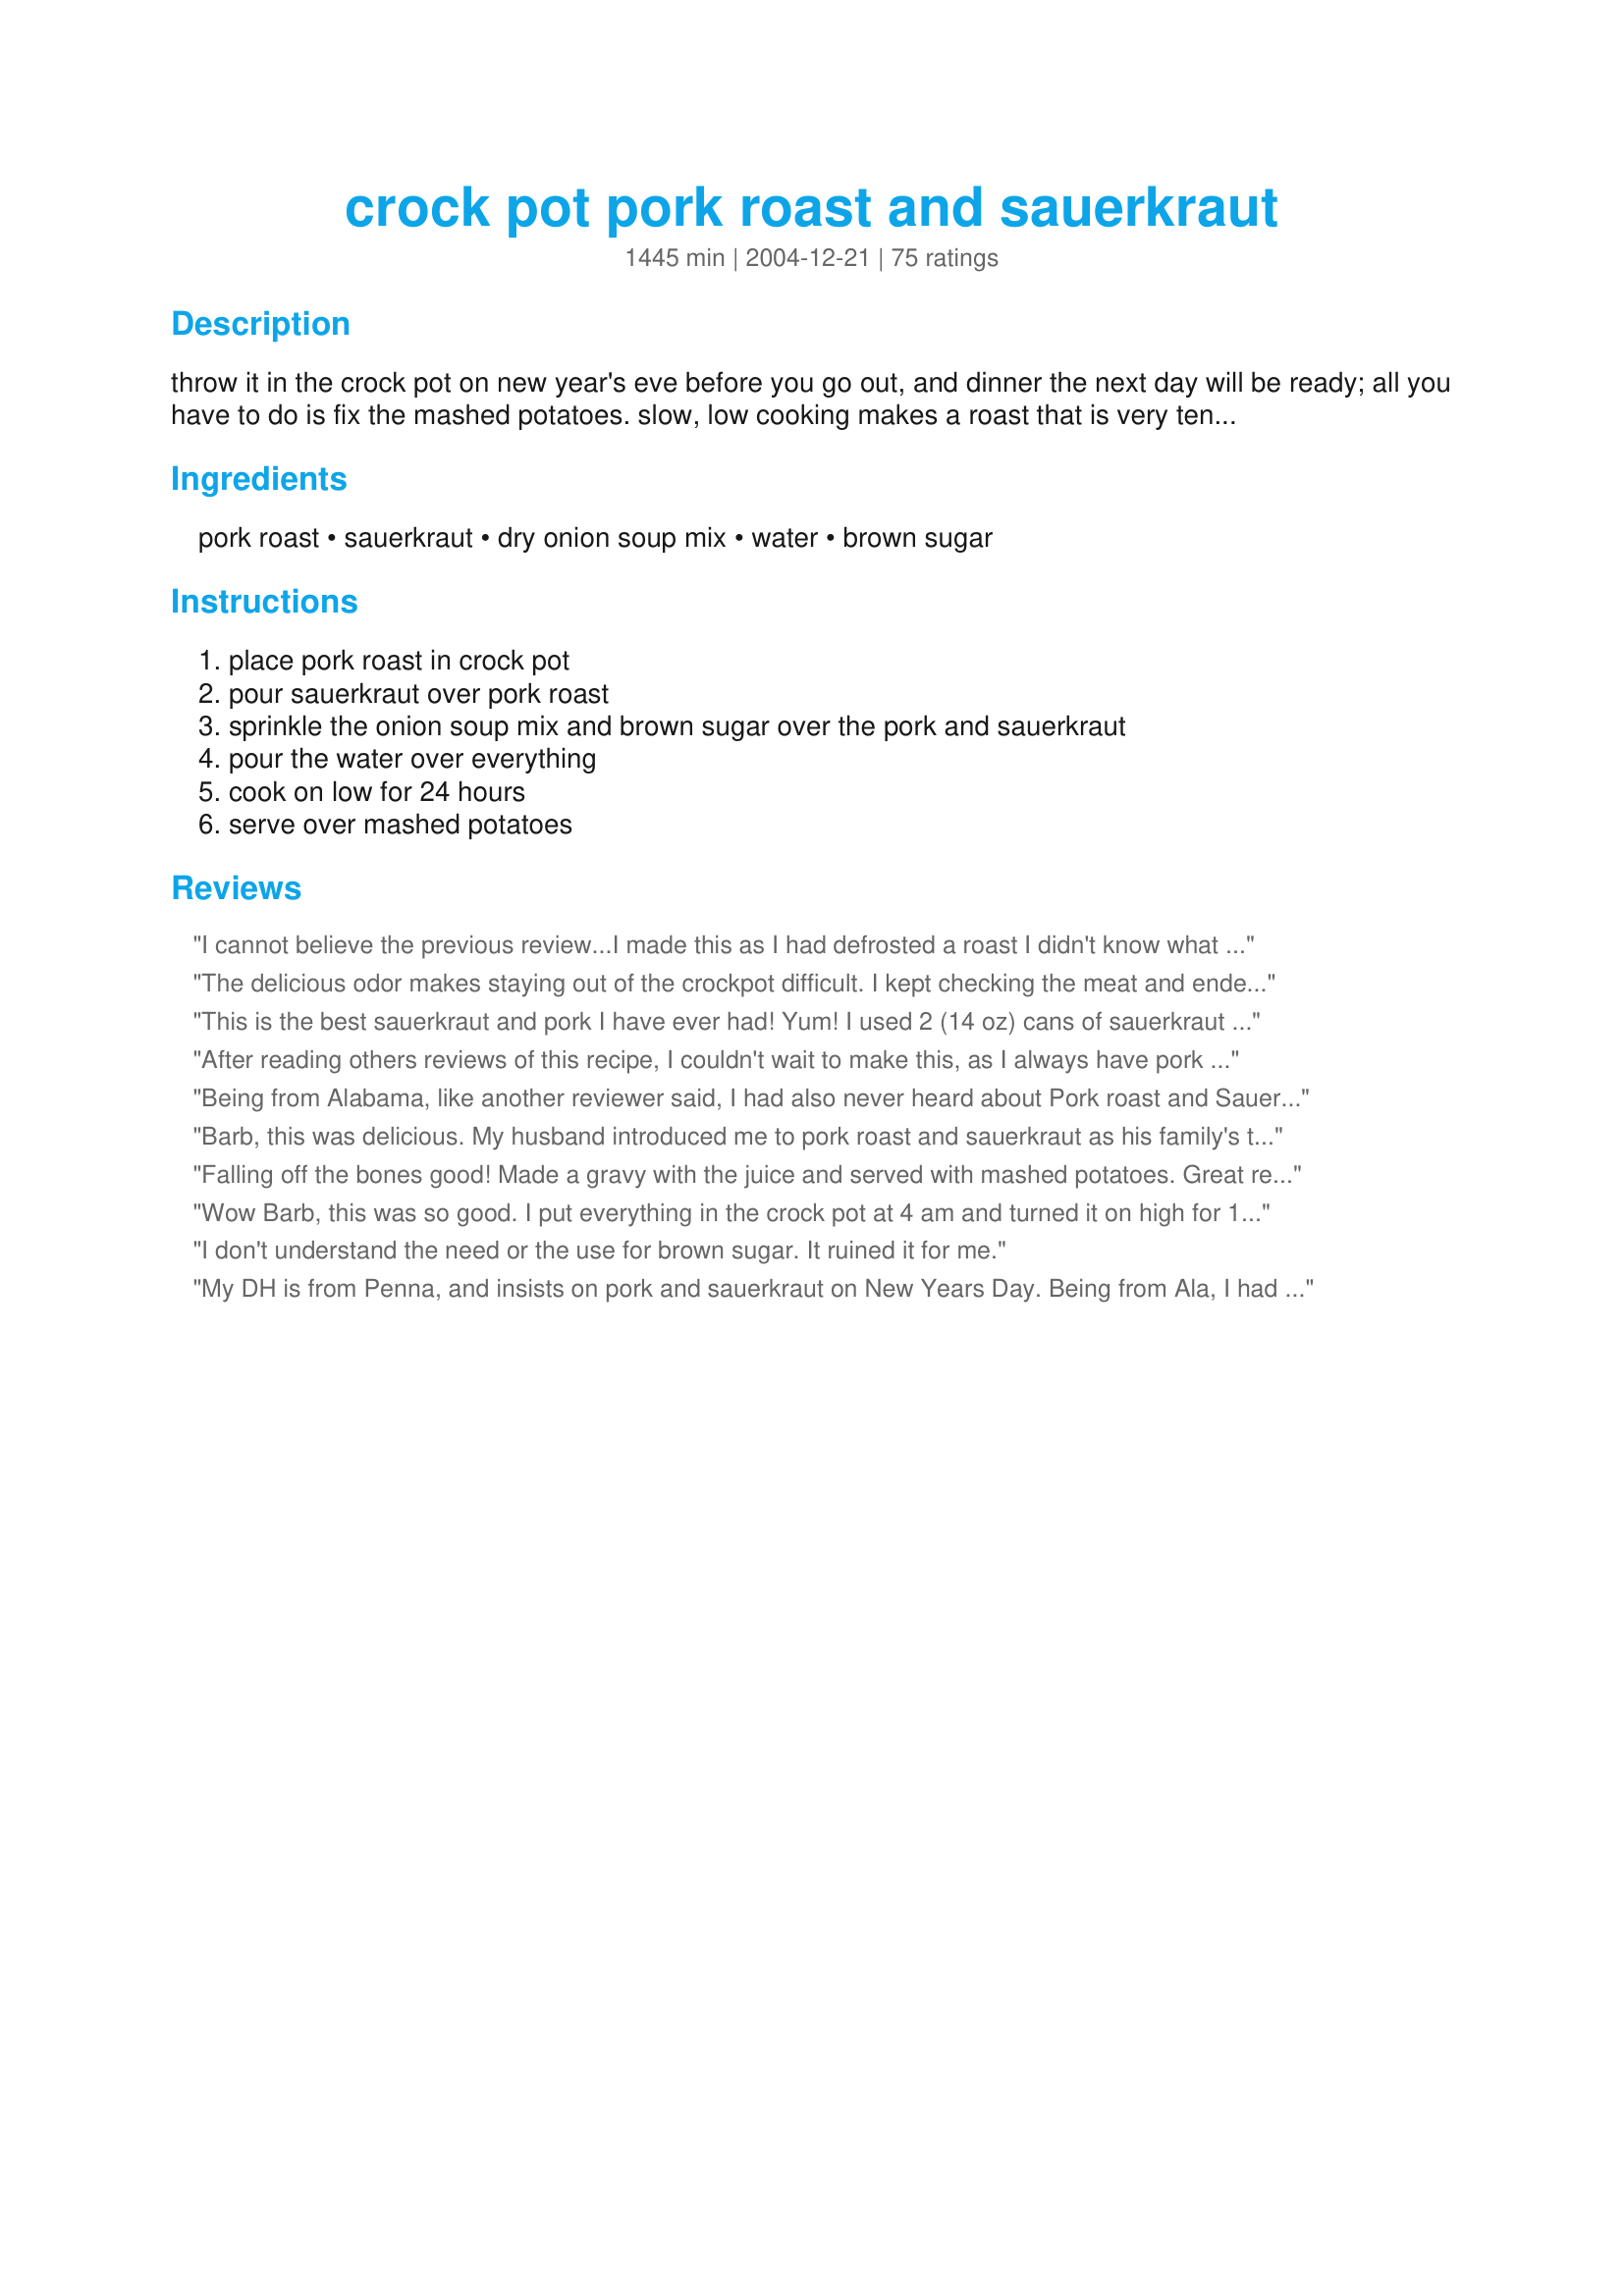
crock pot pork roast and sauerkraut
Preparation time: 1445 minutes

throw it in the crock pot on new year's eve before you go out, and dinner the next day will be ready; all you have to do is fix the mashed potatoes. slow, low cooking makes a roast that is very tender. delicious!! i used to manage a doctor's office, and our blue cross rep told me that her family made this every year for new year's.

Ingredients:
pork roast, sauerkraut, dry onion soup mix, water, brown sugar

Steps:
place pork roast in crock pot, pour sauerkraut over pork roast, sprinkle the onion soup mix and brown sugar over the pork and sauerkraut, pour the water over everything, cook on low for 24 hours, serve over mashed potatoes

Reviews:
I cannot believe the previous review...I made this as I had defrosted a roast I didn't know what to do with but did not want to waste and oh boy was this a good recipe...my husband and son loved it also...the meat was tender and the sauerkraut was perfect...the only change I made was the amount of sugar as we don't like really sweet food...I also cooked it on high about 10 hours...I tested the meat and it was tender so it was DONE...thank you for a great, easy recipe!!!!
The delicious odor makes staying out of the crockpot difficult. I kept checking the meat and ended up pretty full before dinner! I started this in the morning and cooked it all day (about 8 hours). The pork is tender, juicy, and flavorful after 8 hours, but I decided to let it go awhile longer. We just finished dinner, but the crockpot will continue for about 4 more hours. Then, I will see if it makes a difference in the taste. At dinner, I don't think it could have tasted better. I served it with seasoned green beans, scalloped potatoes, and yeast rolls. This meal is a keeper and I will probably repeat it next year.
This is the best sauerkraut and pork I have ever had! Yum! I used 2 (14 oz) cans of sauerkraut with caraway seeds. I did NOT rinse and drain my sauerkraut. I added about 1/2 c. of apple juice, and 1/2 of an onion. I cooked it on low for abou 8 hours.
After reading others reviews of this recipe, I couldn't wait to make this, as I always have pork in my freezer, and sauerkraut in the fridge. For this recipe, I used 2-(12 oz.) pork tenderloins, and cooked them frozen, (yes I said frozen) and on high in my 6-quart size crock-pot, and they were done cooking within 3 hrs. While preparing this recipe, I also added the juice from one (32 oz.) bag of sauerkraut, as I can't see why others would drain off and rinse the kraut before adding it to any dish. It's the juice from the kraut which gives dishes more added flavor. This recipe calls for 2 cups of water, but I just added 1 cup, since I also added the juice from the bagged kraut. While I loved the way the sauerkraut tasted, my husband did not. My husband and I were surprised that the pork tasted bland, even tho the dry onion soup mix and juice from the kraut were added. I know this recipe says it's the slow, low cooking that makes a roast taste very tender and delicious, but I am a skeptic to cooking it for 24 hrs., especially in a crock-pot. For years I have always cooked pork roasts frozen, (yes I said frozen) in my crock-pot and on high for 6 hrs., and they've always turned out well. Perhaps if I were to cook them on low for 24 hrs., the pork would have been more flavorable, but like I said, I am a skeptic to cooking them in a crock-pot for 24 hrs. I'm sorry I can only give this recipe 2 stars. If the meat had more flavor, I would of given this recipe 4 stars. I do plan on making this again, and will cook this for the 24 hours on low as suggested. If it turns out better than it did this time, I will edit my review of this recipe.
Being from Alabama, like another reviewer said, I had also never heard about Pork roast and Sauerkraut. I made this last night and my husband has raved about it ever since. He took some to work with him today and said he couldn't wait for lunch. I will definately make this again, it is so easy and good! The mashed potatoes go great with it!
Barb, this was delicious. My husband introduced me to pork roast and sauerkraut as his family's tradition for New Year's Day a number of years ago, and each year I look for a new way to prepare it. This year, I took your recipe as a starting off place. Whereas I wanted the onion soup flavor, I had the time and inclination to make the dish from scratch rather than using a mix. I caramelized some onions and garlic in butter and olive oil and added that plus 2 c of beef broth and 1/4 white wine as the roasting liquid. I omitted the sugar and added some sprigs of thyme for a savory version. It turned out so well-- beautiful honey color and fabulous texture. This was so very good over mashed potatoes, and the meat was absolutely fall-apart tender. Terrific dish-- thanks! --Heather (P.S. Although he surely enjoyed this, my husband did miss the "sauer" part of the kraut, which gets a bit lost using this method).
Falling off the bones good! Made a gravy with the juice and served with mashed potatoes. Great recipe!
Wow Barb, this was so good. I put everything in the crock pot at 4 am and turned it on high for 1 hour while I got ready for work, then turned it to low when I left the house. At 3 pm when I got home, the pork was fall apart done and so juicy. The flavor is so amazing. This is going into the Keeper Book for sure!
I don't understand the need or the use for brown sugar. It ruined it for me.
My DH is from Penna, and insists on pork and sauerkraut on New Years Day. Being from Ala, I had never even heard of it! I've tried for several years to find an acceptable recipe. I knew that he likes brown sugar in his, but the onion soup mix is the ingredient that made me try this recipe. It is absolutely perfect! My husband's exact words were "not sour, not too sweet, just right." Even better, my husband's step-dad told me he wished my mother-in-law could cook like me! THANK YOU THANK YOU!
My only change to the recipe was replacing 1/2 cup of the water with apple juice for just a hint of the flavor. I served with mashed potatoes (which I didn't realize were a must for a couple of years), NurseDi's Skillet Hopping John (26979) and my own Creamy Collard Casserole (150052) for a "Mason-Dixon" New Years. My search for the perfect Pork and Kraut recipe is over. This one is it.
Made this exactly as directed and it was fabulous! This may be the best recipe I have ever tried on this website. Try it!
This was fantastic! I also cut the brown sugar to about 1/4 cup just because we don't care for real sweet sauerkraut, but everything else was the same...
This was perfect! So easy and fool proof. I ended up buying a 6 lb. pork shoulder and couldn't fit everything in the crock pot so I saved half the sauerkraut to add later when it cooked down(my crock pot was jammed full, but the lid was still able to rest perfectly) also I added cider instead of water and used the kraut juice. When I checked it in the morning it was already done, only 11 hours. Added the rest of the sauerkraut and another packet of soup and brown sugar(since I had so much more meat) and it was to die for, my husband and I couldn't keep from nibbling on it all day before my family came over for dinner. It's such a simple dish but impressive on flavor.
I omitted the brown sugar and added caraway seeds and this turned out really good. I would have liked to have more of the "sauer" part of the kraut; I think it got lost in the long cook time. I also seared our roast before putting in the crockpot and cooked it on high for 24 hours. Thank you for the easy recipe!
Made this but the 24 hours was too much. Cut it before that and it had cooked too long - was way overdone and dry. Was this supposed to be 2 to 4 hours I wonder? Otherwise the recipe is great. The time needs to be adjusted.
This was outstanding! I used a boneless pork sirloin and it fell apart after about 8 hours. The only thing I did different was cut back on the brown sugar. Super!
We really liked this and have used it twice with boneless pork loin roast.
I browned the roast (salt
Umm... not a hit in our house. As my husband put it, &quot;It&#039;s awfully brown&quot;. Something about the flavors did not blend well for us I suppose. I cooked it for about 12 hrs. 24 hours would have been a bit insane. I gave it 2 stars because the ease of the dish merits it. I LOVE anything that I can throw together and wash with minimal effort.
I Love this!!! I did make a couple of changes: No sugar added and instead of packaged onion soup, I use beef broth and dehydrated onion.&lt;br/&gt;This is an awesome dinner to come home to after work!!!!&lt;br/&gt;Thank you!
Very good and easy - I have made this twice and it will be my New Years Day stand by!! Loved it.
This is delicious!!! I have made this so many times and hadn't gotten around to reviewing it till now.. Thank you so much for sharing this recipe. We make it with Oktoberfest sausages instead of the roast, and it's great!I will try it with the roast soon I promise hehe.. We make it at least twice a month since I found your recipe and there's never any leftovers : ) Thanks again!!
I chose this as my New Year's Day dinner. I used a 2 1/2 lb. Boston Butt portion and based on other reviews, I used 1 cup of apple juice and 1 cup of the kraut juice in place of the water. I also shredded a small apple into the pot. I cooked it on high for 5 hours and it turned out perfect. I served it over a bed of mashed potatoes which made it all the better! The pork fell apart and the kraut was the perfect combo of sweet and tart. The leftovers were just as good too.
This was very good. I put all ingredients in crock pot and put it on high for about 4-5 hours, then turned down to low for another 3-4 hours. Everyone loved it even the kids! Thanks for making our News Year Day dinner a winner!
This was delicious! 5 stars for sure. I had a 4 lb. pork shoulder roast and I mixed everything together over night and cooked it 8 hours the next day. It was a big hit, thank you for such a great recipe.
I've never done any sauerkraut before. This recipe was not only easy but very flavourful without the sauerkraut overpowering the dish. My 15 and 12 year olds ate just the pork while DH and I ate the kraut as well. Thumbs up all around
Sorry but I did not like this recipe at all. The pork was tender. The brown sugar (I only used half of what recipe stated) made the sauerkraut taste not like sauerkraut. We could not eat it. I ended up using the pork to make hot pork sandwiches.
Had a cold spell and a pork loin roast in the freezer add one DH from Hamburg and you have a winning recipe! I substituted the liquids for white wine and apple juice and threw 2 x 100ml apple sauce fruit cups sitting in the fridge - excellent recipe - thanks so much!
My husband and I LOVED this. It's just the two of us, and we ate it every night until our 2-1/2 pound roast was gone. The addition of slight sweetness made the sauerkraut for me, as I'm not fond of the traditional kraut. Every night we said &quot;Dang - it's still great&quot; and after FOUR days we weren't tired of it!!! How many recipes are like that? We did not cook it for 24 hours though. It was fine after 6 hours on high, although it was not falling apart - we like a little bite/chew left to our meat. Honestly, this is an easy &amp; delicious recipe. Try it!!!
Awesome recipe. I ate so much of it I almost made myself sick. Pork Rules!
We really liked this. I wanted mine for lunch, so cooked on high for 5 hours. It was very tender and tasty!
This was good. The meat was tender, but seemed to dry out quickly. The flavor was good. I shredded the leftover meat and put it back with the sauerkraut and then poured BBQ sauce over all for hot BBQ sandwiches. It was a great way to serve leftovers. Try this recipe, it is easy, versatile, and good.
This was a great recipe! The only substitution I made was to use 1c apple juice and 1c white wine instead of the water and to add a package of baby carrots under the sauerkraut so that it was a one pot meal. This was just delicious. The meat was very tender and fell right apart. Wonderful flavoer. Thanks so much for posting.
Very nice recipe. I too only let it cook for about 8 hours and it came out nice and juicy and tasty. I also only used half the brown sugar. We loved it, thank you for sharing.
This was a good recipe, but I found that the pork was a bit bland. Without the flavor from the sauerkraut you would probably not make this again. I cooked it on high for 4 to 5 hours then put on low for 4 to 5 more and it was very tender. I had a 3 pound roast and used 1/2 white wine and 1/2 chicken broth instead of water and cut back on the brown sugar, and added caraway seeds, rosemary and fresh ground pepper. Although I will probably make this again because my DH LOVES pork and sauerkraut, I will add more spices like a apple or apple cider, juice or something to give a bit more flavor. Overall not a bad recipe for tender pork.
I would advise everyone to use the crock pot liners and then clean up is so easy, Haven&#039;t tried the recipe but was reading the reviews and one lady had a mess to clean up and I always use the liners and will try the recipe for it does sound so good
I will be making this today for the 3rd time, just forgot to review it. We absolutely love it, this is the only way I make pork and sauerkraut now. My daughter-in-law went nuts when she ate it, she thought it was sooo good. I have to watch the high sodium content so I rinse the sauerkraut several times and by the way the stuff in the bag is so much better than canned. I also only use half of the onion soup (2 T.) again because of the sodium. I used one of those little 5.5 fl. oz. cans of apple jusice in place of the water ( I didn't want so much liquid) and threw in some roughly chopped raw onion, probably about a cup. We love onion cooked with pork and sauerkraut. I used western ribs trimmed of all visible fat and browned for our pork, again just a personal favorite and splenda brown sugar. The reason I made most of the changes is because hubby has heart problems and this is one of those rare special meals to serve that he probably shouldn't eat. I am going to try the crock pot today, the other 2 times I was short on time and simmered it stove top. Delicious!
Very good recipe, but 24 hours (even on low) in the crock-pot was too long! The top layer of my sauerkraut burned. :( I was able to take the burned stuff off, but with the brown sugar mixed with it, it was a sticky mess. My crock-pot is still soaking. <br/><br/>The taste of the roast, however, was wonderful. Even my two kids, who don't usually like 'kraut, loved this meat and asked for more. I made some buns (search "40-Minute Hamburger Buns" on this site) and we ate them as sandwiches. Was a great meal, but I think I'll just cook it on low for 8-10 hours next time, instead of 24. :)
First off, let me say to all those who give so-so or poor reviews to recipes that they have not tried before as written and make significant changes to ingredients or execution-don't write a review. You are reviewing a different recipe. Create a page with your version instead. <br/>There...that said, I LOVE this. I have made this two New Year's Days in a row and am now making it for the third. It is always a hit-especially for some reason for thouse who don't usually like sauerkraut! Last year was the first time I served it over mashed potatoes (I make pigeon, cow, or black eye peas in the Southern New Year's tradition. It seemed like too much starch.) and it was even better. <br/>The only change is that I put the ingredients together and let it rest overnight in the fridge and then cook on low for 8-10 hours on low.<br/>This is my new tradition for New Year's, putting aside the regular cabbage and pork. I also sneak it in durning the year during cold weather. Great comfort food!
What kind of pork roast?
The 24 hour cooking criteria for this is silly. It would liquify. That comment should be pulled from the recipe. <br/>I tried it today and it was good, not great. Not a big fan of sweet and sour. <br/>After 10 hours of course it fell apart. That would happen to a Goodyear Tire too. <br/>I should have stopped it at 8 hours when the meat still had some texture. <br/>I used a quality 4 lb. center cut roast. <br/>What suprised me is the onion soup did not over power. It was an excellent blend of sweet and sour. <br/>I added 1/2 cup of onions half way through. <br/>Again, I thought it was good but it just rubs me wrong to add brown sugar to sauerkraut. Everyone liked it in the family and ate it with mashed. <br/>Won't make it again. Give me the standard stuff.
Delicious! I put this in the crock pot at 2 a.m. New Year's Day and we ate dinner at 2 p.m. The pork was moist and the very flavorful. The sauerkraut turned out perfectly for our tastes as well. My husband didn't need to add any more brown sugar. Thanks for sharing! I will make this again.
Sorry, but this was absolutely disgusting, we could not eat it. I had to throw it out. This is not what Sauerkraut is supposed to taste like. It was all bitter and nasty looking, brown in color. If someone else would have cooked it, I'd never guessed this was Sauerkraut. The Roast was dried out and bitter as well. And I only had it in the pot for 20 hrs... It was WAY overcooked. And yes, I had it on LOW the whole time. As I can read from the other comments, it should have been a good meal, but the cooking times also seem to drastically vary. I might give this another shot someday with half or less the cooking time, and if it turns out any better I will update this review. Until then, this has to stand.
This was very easy to make. After 7 hours on High in the crockpot it was so tender, I may reduce the cooking time. I'll reduce the brown sugar next time as I'm not that big of a sugar fan. Thank you for posting. Made for *Zaar Cookbooks 2009* game
This was a great recipe to start with. I gave it 4 stars because I made a several changes. I chopped 1 onion and 1 apple to throw in with the sauerkraut. I used 1 cup apple juice and 1 cup of the sauerkraut juice. Reduced the brown sugar to 1/3 cup and seasoned the pork with salt, pepper, garlic powder and a bit of thyme, instead of the soup mix. I added a pinch of caraway seeds too! I only cooked it for 3hrs on high and about 4-5 more on low and it was fork split tender. My Dh and kids (4 & 6) loved it! Served it with mashed potatoes and sautee veggies. YUM, will definitely make again!
I haven&#039;t made this recipe yet but I will. But not cooking 24 hours, in my crockpot it would be done in 7 -8 hours max, on low heat.
My best friend made this for our NYE feast this year. I was shocked that I somewhat liked it. My hubby ate fourths (and had it for breakfast the next morning). Sauerkraut is just too sour for me. Next time, I plan to rinse it like you suggested (she didn't) and add a pealed diced apple. Thanks for sharing!
it was really good..i used some of the sauerkraut juice and apple juice for the water...abit less of the brown sugar...it was falling apart tender...will use the leftover kraut on brats tomorrow..i served it with mashed potatoes and green beans
Wish I could add more stars! This was so yummy! Though I only cooked it for 10 hours on low and it was fine. I also added a bit more sauerkraut, could only get the 32 oz jar, which was fine by me. I had a hard time keeping myself out of the crockpot while it cooked, but I managed. 
I didn't serve with mashed potatoes, but with potatoe wedges on the side. Still super yummy!
Cooked 12hrs in crock on low. Was delicious!
This was very good. I used 2 lbs of pork loin cut in large pieces to fit the crock pot (browned the loins first in olive oil). Used the bag sauerkraut and rinsed once with cold water. Tried 1 cup of apple juice to 1 cup of water and Splenda brown sugar. It was a little too sweet for our tastes (we like the sour in our kraut). If you use apple juice and Splenda I would only sprinkle a little Splenda on top. Cooked for 3 hours on high and 6 hours on low. Fell apart!
I tried this thinking okay what is the brown sugar going to do-well it sure was great a wonderful, wonderful dish.
Thank you!
Margie
I was really excited about making this but it just didn't turn out as I expected. I will say up front that, after reading the other reviews, I decided to sub the 2 cups water with part sauerkraut juice (I got the bagged kind) and half apple juice. Halfway in I realized I didn't have any apple juice in the house and used some leftover beef broth from the night before's dinner. I think that was the big mistake that I made. The sauerkraut was quite bitter even after teh 1/2 brown sugar. The meat itself was very tender and barely needed a knife to cut but didn't have that much flavor all in all. I will attempt this recipoe again but be sure to use all apple juice or water for the liquid and maybe dry rub the roast for awhile before putting in the slow cooker to soak in more flavor.
Incredible. I am slowly introducing my husband into the world of sauerkraut being that I'm from a Pennsylvania/German/Austrian family. This recipe was amazing. Like most reviewers, I reduced the cooking time to 8 hours on low instead of going for the 24. I will most definitely be making this again.
First time making this I followed the recipe exactly using a 5-lb bone-in roast. The taste is very good but that long in the crock pot made it a bit on the dry side. chef #1155661 & BF had no complaints and we all especially loved the gravy. I'm already planning another one but will cut the time down considerably. Made for This Little Piggy Went to Market, a tag game.
Roast pork, sauerkraut, applesauce and potato dumplings was a favorite meal growing up. Potatoes were put through a ricer mixed with flour, a bit of farina and maybe an egg, boiled in grapefruit sized balls and then sliced while very hot, served with melted butter and pork gravy. Now if I could only find the recipe for the Hungarian/Austrian dumplings life would be perfect!
This recipe is simply amazing! We started hosting NYE at our house last year and so this year was my second time making it. Our guests LOVE it!! Everyone asks for the recipe and even those who aren't too fond of sauerkraut love it. You can't beat easy and delicious. Thank you thank you!
This was very fast and convenient for busy days. very good thanks
fantastic recipe! I did take into consideration some of the other reviews and added 2 cups of apple juice and about a cup of water to it as well. I used the bag sauerkraut and rinsed it. I also sprinkled some pepper. Family loved it!
This is an excellent roast. I followed another reviewer's suggestion and used chicken broth and white wine in place of the water. This produced an awesome gravy! My roast was 4-lb. bone in, and it only took 7-8 hours to cook on low, but my crockpot is nuclear (runs hot). Thank you for sharing!
--Marla
I was a bit worried about this recipe but it turned out to be really yummy. Cooked for the 24 hours specified which I thought would dry out the pork, but the pork was delicious. Definitely needs to be paired with the mashed potatoes to cut the saltyness of the onion soup mix. It was so easy to put together, I'd make it again.
I used a 3 lb pork loin roast, which I browned on the stovetop then cooked it for 3 hours on high, then 5 hours on low. It was cooked through and tender, so I'm not sure how it would have done for 24 hours. I did use the whole packet of onion soup, but omitted the brown sugar and replaced half of the water with apple juice. It did a nice job of making the sauerkraut a bit milder. Thanks for posting!
This was amazing! My non-sauerkraut eating family LOVED it! I substituted 1 cup of apple cider and 1 cup of juice from the sauerkraut for the water. The pork roast melted in your mouth. It's the perfect combination of sweet and salty. It MUST be served over mashed potatoes. I have never seen a crockpot with a 24-hour setting. I cooked it for 10 hours on low. It was perfect. This one is going in my recipe book!
Great reipe! I added apple juice like the other posters said and it really added a nice flavor, so that's why I only gave it a 4. I also used one of those Hormel Pork loins in the garlic marinade. Since it's already marinated I was able to cook it in 7 hours instead. I did 3 on high and 4 on low. It was so tender it fell apart.
Oh, yum! Made for New Year's Day dinner and it was awesome! Even with the partying from the previous night, if you can make it to the crock pot and dump the ingredients in, a fabulous meal awaits you! The hardest part of the process was staying out of the pot. (Had to keep "checking on the meat"). By the time it was ready to be devoured, I was half-full. The flavors were perfect, and I recommend adding a teaspoon of caraway seed if you like them. I cooked it for 3 hours on high, then the remaining 5 on low and it was tender and delicious. It tasted just like my grandma's. We devoured it with mashed potatoes which I agree is the best choice, but it would probably be good served with sauteed dumplings or gnocchi, or potato, cheese, or onion pierogies as well. Thanks, Barb, for sharing your recipe. This will be a regular here!
I love sauerkraut and pork and make it often. This recipe is quick and easy. I didn&#039;t add the 2 cups of water since the sauerkraut and pork contain water. I added just 1 cup of water. I also didn&#039;t cook it for 24 hours. I cooked it on low for 8 hours. Turned out gret!
Made this yesterday and it turned out GREAT!! I only made a couple of modifications. I used half water and half apple juice for the water. Cooked on low for 8 hours on low then I kicked it up to high for the last 3 hours. My family loved it!! Definitely going in my recipe box!
I love this recipe. excellent. second time i made this I tweaked it a bit.
I made this today and it was wonderful! I slow cooked it for 10 hours. Easy to prepare this morning before work. My family loved it! Thanks for a great recipe!
Thanks for an easy and tasty recipe ! I used country style boneless pork ribs - it was good and husband and MIL liked it - will make this again.

I did not cook for 24 hours since it was ribs and not a roast - just started the crock at 9am and it was definitely ready by 7pm.
You don't rinse and drain the saurkraut. If you do that you might as well leave out the saurkraut because it has no flavor.
Wow!! This pork roast was so tender and easy to make. I put all this together in the morning, around lunch time I added chopped onions and apples (about 1/2 cup each), and by dinner time the smell was amazing and the pork just fell apart. Husband really enjoyed this as it was his first time having sauerkraut. Thanks a bunch!!
Normally I like to prepare my sauerkraut without sugar, but I was taking it to a New Year's Day gathering and know that just as many people prefer it sweet; so I compromised. I followed the directions as written except I used sauerkraut juice and plus 1/2 cup white wine in place of the water and used just 3 T. of brown sugar. Everyone said it was a perfect combination of sweet and sour! Next year I might reduce the sugar by 1 more Tablespoon, but overall I liked this recipe. I cooked this for 5 hours on high, and 1 on low, then transferred to a 350 degree oven for 1 hour. Before entering the oven, I drained off 1/2 the juice, topped it with 5 T. chopped butter, and covered the roast loosely with foil. It was perfectly cooked and fork tender!
I made this for a Christmas party that my family had this year and it is absolutely incredible. You've got to try it!
WOW! A definate 5 star meal. I made this for New Years day dinner over mashed potatoes and it was fantastic. I was a little scared at first that the onion soup may kill the sauerkraut flavor. But, I stuck to the recipe and was definately surprised with the turn out! I used about a 2 lb pork tenderloin for 2 of us, that I rubbed with kosher salt and fresh ground black pepper. I Added a 2 lb. bag of sauerkraut (rinsed), 2-1/2 cups of water and the rest of the ingredients as follows. Its a very easy recipe to prepare and the crock pot does all the cooking. Use a crock pot bag and the clean up is fast. Thanks Barb!!
